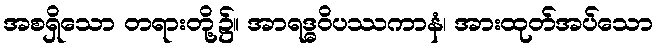
အစရှိသော တရားတို့၌။ အာရဒ္ဓဝိပဿကာနံ၊ အားထုတ်အပ်သော